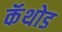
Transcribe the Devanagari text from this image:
कॅथोड